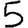
Digit: 5